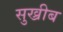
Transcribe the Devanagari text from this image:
सुख्रीब